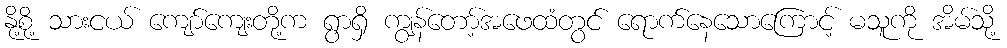
နို့စို့ သားငယ် ကျော်ကျေးတို့က ရွာရှိ ကျွန်တော့်အဖေထံတွင် ရောက်နေသောကြောင့် မသူကို အိမ်သို့